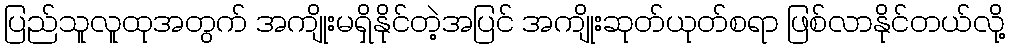
ပြည်သူလူထုအတွက် အကျိုးမရှိနိုင်တဲ့အပြင် အကျိုးဆုတ်ယုတ်စရာ ဖြစ်လာနိုင်တယ်လို့